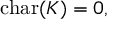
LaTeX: { \mathrm { c h a r } } ( K ) = 0 ,